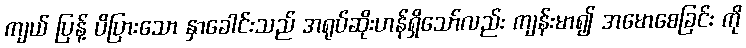
ကျယ် ပြန့် ပိပြားသော နှာခေါင်းသည် အရုပ်ဆိုးဟန်ရှိသော်လည်း ကျန်းမာ၍ အမောစေခြင်း ကို